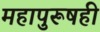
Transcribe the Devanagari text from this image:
महापुरूषही